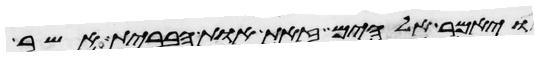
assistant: ויאמר אלהים זאת אות הברית אשר